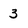
Character: 3